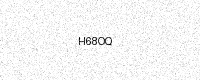
Text: H68OQ